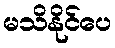
မသိနိုင်ပေ